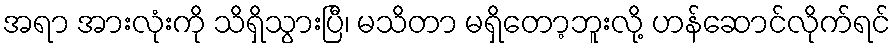
အရာ အားလုံးကို သိရှိသွားပြီ၊ မသိတာ မရှိတော့ဘူးလို့ ဟန်ဆောင်လိုက်ရင်